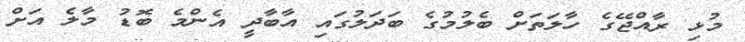
މުޅި ރާއްޖޭގެ ހާލަތަށް ބެލުމުގެ ބަދަލުގައި އާބާދީ އެންމެ ބޮޑު މާލެ އަށް